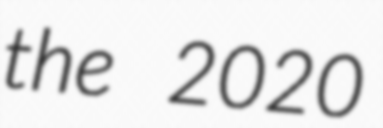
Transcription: the 2020